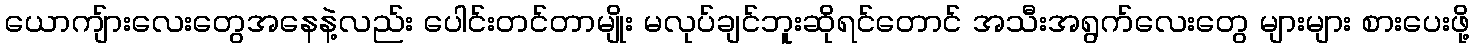
ယောကျ်ားလေးတွေအနေနဲ့လည်း ပေါင်းတင်တာမျိုး မလုပ်ချင်ဘူးဆိုရင်တောင် အသီးအရွက်လေးတွေ များများ စားပေးဖို့